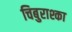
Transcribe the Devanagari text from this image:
चिबुराश्का